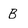
Character: B